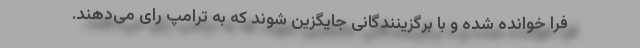
فرا خوانده شده و با برگزینندگانی جایگزین شوند که به ترامپ رای می‌دهند.